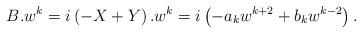
LaTeX: \begin{align*} B.w^k=i\left(-X+Y\right).w^k=i\left(-a_kw^{k+2}+b_kw^{k-2}\right).\end{align*}